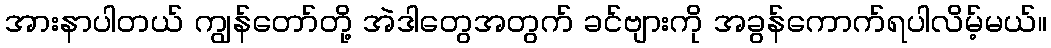
အားနာပါတယ် ကျွန်တော်တို့ အဲဒါတွေအတွက် ခင်ဗျားကို အခွန်ကောက်ရပါလိမ့်မယ်။